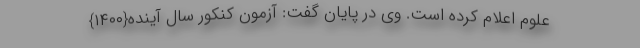
علوم اعلام کرده است. وی در پایان گفت: آزمون کنکور سال آینده{۱۴۰۰}